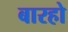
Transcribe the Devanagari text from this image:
बारहो